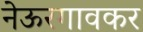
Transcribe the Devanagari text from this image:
नेऊरगावकर